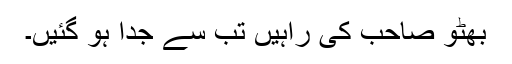
بھٹو صاحب کی راہیں تب سے جدا ہو گئیں۔